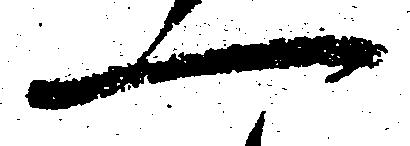
一